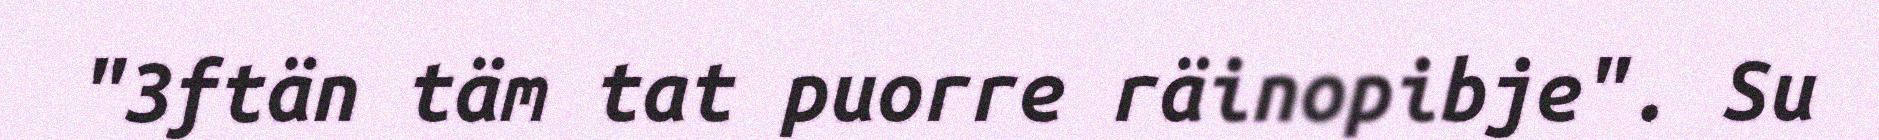
"3ftän täm tat puorre räinopibje". Su